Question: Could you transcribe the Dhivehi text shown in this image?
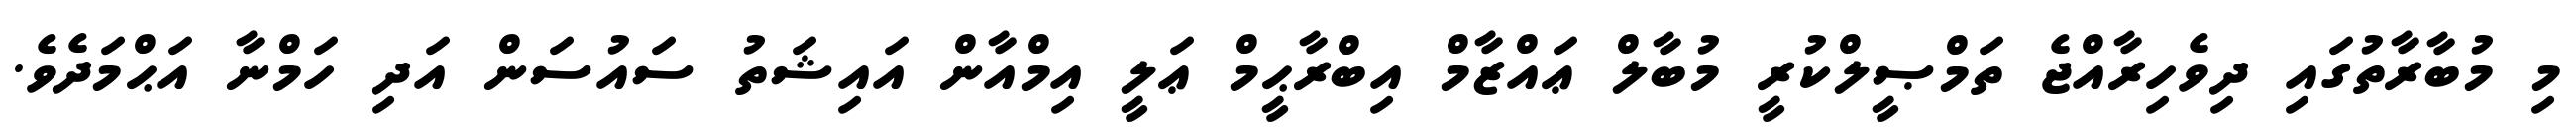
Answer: މި މުބާރާތުގައި ދިވެހިރާއްޖެ ތަމްޞީލްކުރީ މުބާލް ޢައްޒާމް އިބްރާޙީމް ޢަލީ އިމްއާން އައިޝަތު ސައުސަން އަދި ހަމްނާ އަޙްމަދެވެ.